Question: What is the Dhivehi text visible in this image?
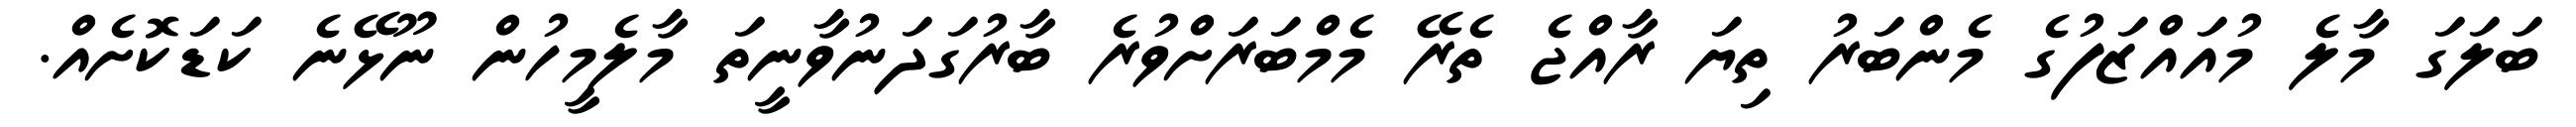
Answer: ބަލަގަ މާލެ މުއައްޒަފުގެ މެންބަރު ތިޔަ ރާއްޖެ ތެރޭ މެމްބަރަށްވުރެ ބާރުގަދަނުވާނީތަ މާލެމީހުން ނޫޅޭނެ ކަޑަކޮށެއް.